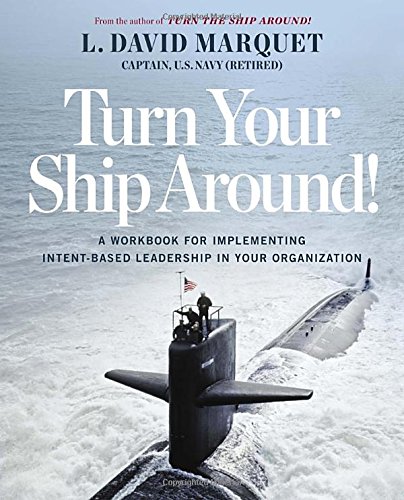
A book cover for Turn Your Ship Around!: A Workbook for Implementing Intent-Based Leadership in Your Organization; L. David Marquet; Business & Money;